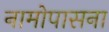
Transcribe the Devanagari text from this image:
नामोपासना